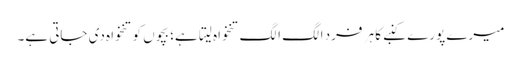
میرے پورے کنبے کا ہر فرد الگ الگ تنخواہ لیتا ہے؛ بچوں کو تنخواہ دی جاتی ہے۔